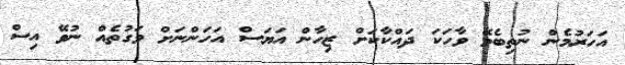
އަހަރުމެން ނުތިބެމޭ ވާހަކަ ދައްކާކަށް ޒިހާން އަޔަސް އަހަންނަށް ވަގުތެއް ނުވޭ އިސް